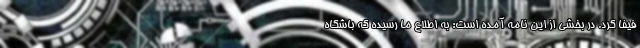
فیفا کرد. در بخشی از این نامه آمده است: به اطلاع ما رسیده که باشگاه